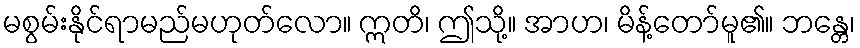
မစွမ်းနိုင်ရာမည်မဟုတ်လော။ ဣတိ၊ ဤသို့။ အာဟ၊ မိန့်တော်မူ၏။ ဘန္တေ၊